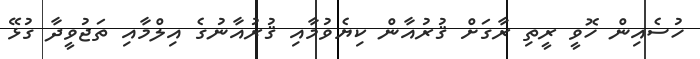
ހުސެއިން ހޮވީ ރީތި ރާގަށް ޤުރުއާން ކިޔެވުމާއި ޤުރުއާނުގެ އިލްމާއި ތަޖުވީދާ ގުޅޭ